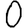
Digit: 0